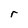
Character: r